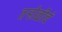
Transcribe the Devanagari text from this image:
तऱ्होळीचं